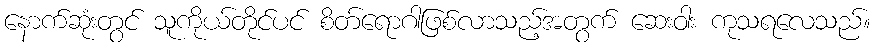
နောက်ဆုံးတွင် သူကိုယ်တိုင်ပင် စိတ်ရောဂါဖြစ်လာသည့်အတွက် ဆေးဝါး ကုသရလေသည်။